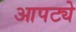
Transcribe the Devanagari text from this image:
आपट्ये